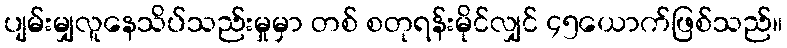
ပျမ်းမျှလူနေသိပ်သည်းမှုမှာ တစ် စတုရန်းမိုင်လျှင် ၄၅ယောက်ဖြစ်သည်။